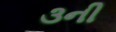
૩ની